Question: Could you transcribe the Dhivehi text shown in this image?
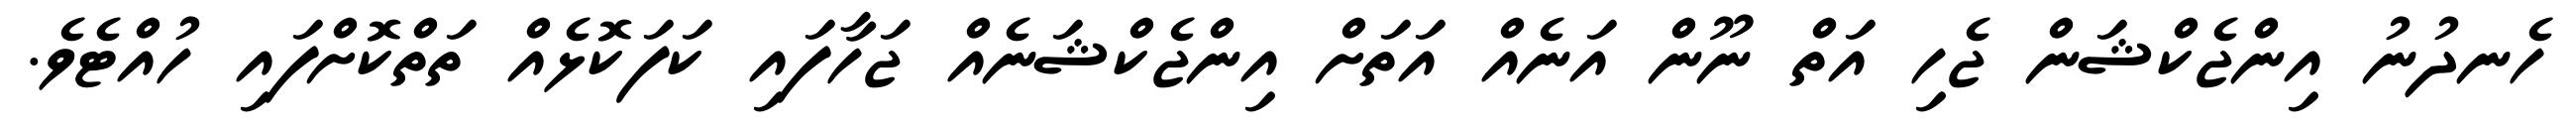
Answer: ހެނދުނު އިންޖެކްޝަން ޖެހި އަތް ނޫން އަނެއް އަތަށް އިންޖެކްޝަނެއް ޖަހާފައި ކަފަކޮޅެއް ތަތްކޮށްފައި ހުއްޓެވެ.